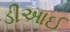
ડીઆઈ